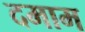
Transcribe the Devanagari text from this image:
दमाम